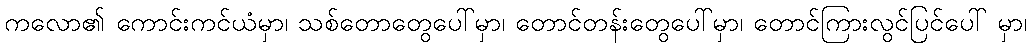
ကလော၏ ကောင်းကင်ယံမှာ၊ သစ်တောတွေပေါ်မှာ၊ တောင်တန်းတွေပေါ်မှာ၊ တောင်ကြားလွင်ပြင်ပေါ် မှာ၊